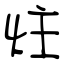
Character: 炷